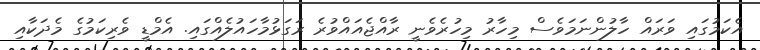
އެކަމުގައި ވަރައް ހާލުންނަމަވެސް މިހާރު މިހުރެވެނީ ރާއްޖެއައްވުރެ ރަގަޅުމާހައުލެއްގައި. އެމްޑީ ވެރިކަމުގެ މެދަކާއި